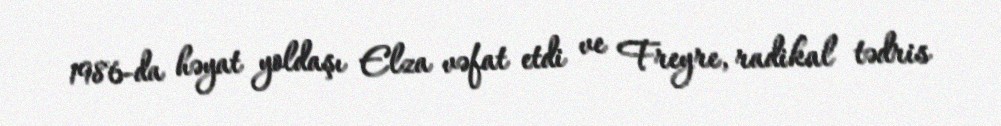
1986-da həyat yoldaşı Elza vəfat etdi ve Freyre, radikal tədris